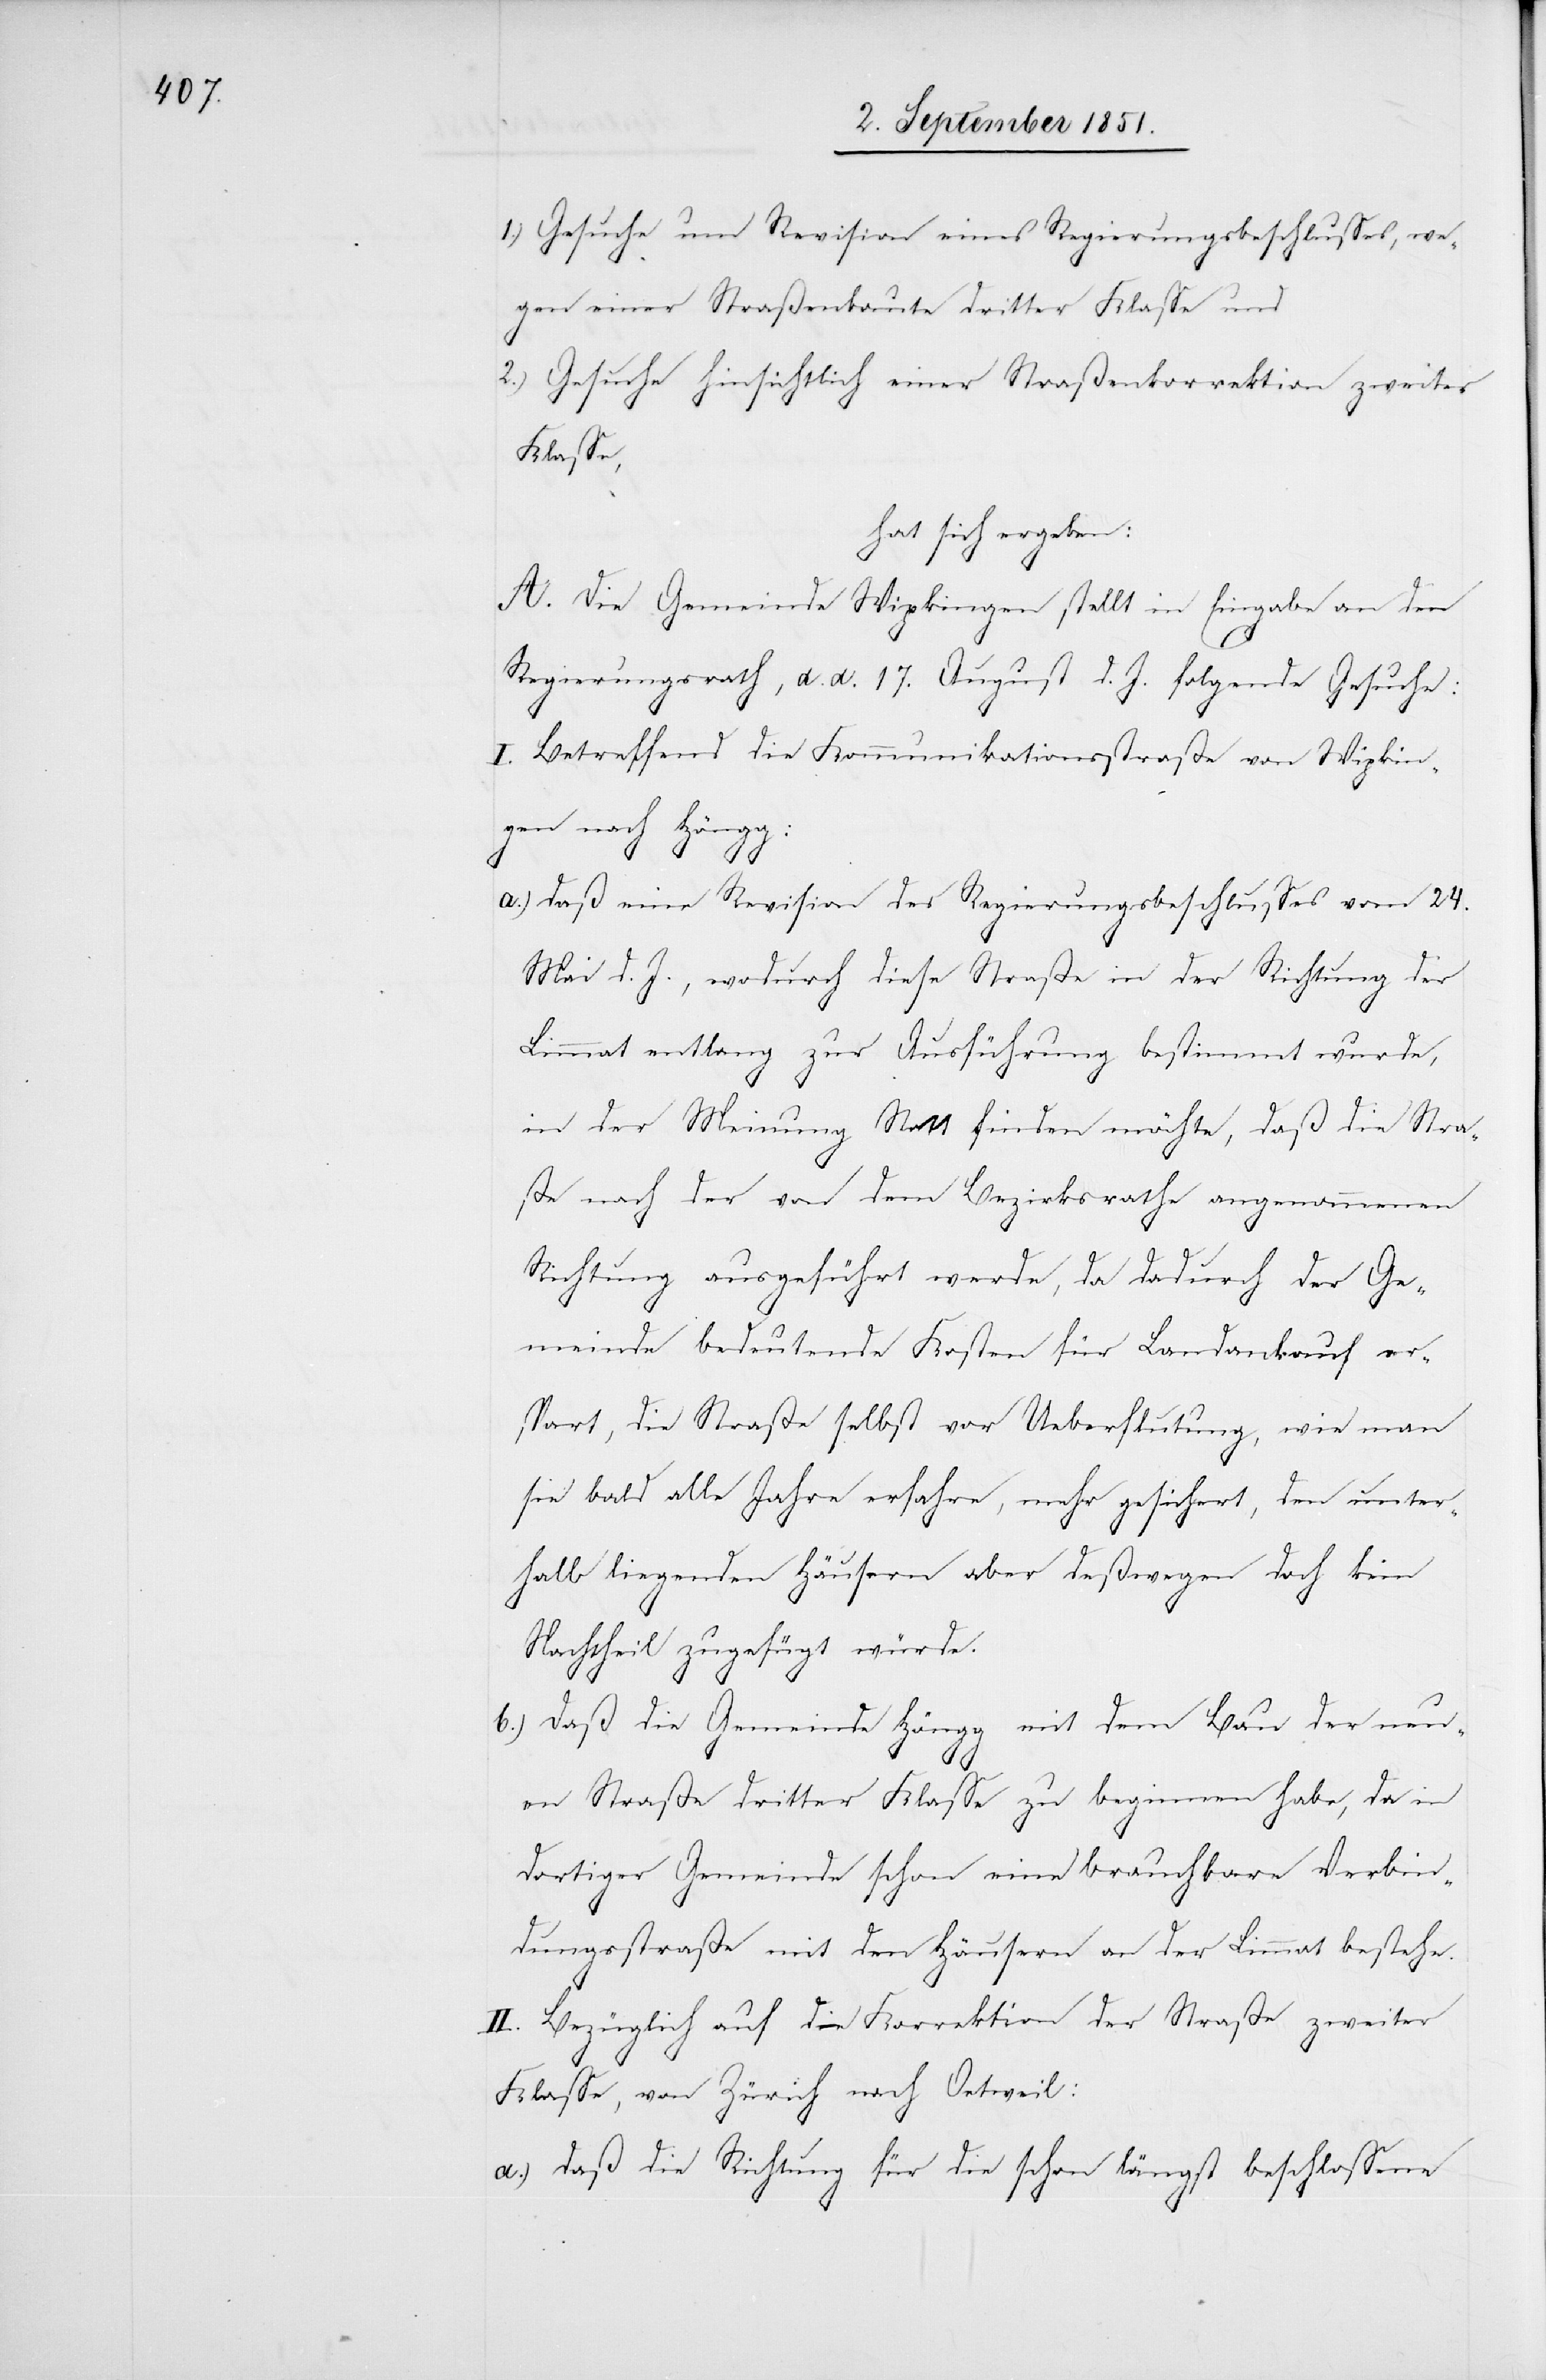
1.)

Gesuche um Revision eines Regierungsbeschlusses, we¬
gen einer Straßenbaute dritter Klasse und
Gesuche hinsichtlich einer Straßenkorrektion zweiter
Klasse,
hat sich ergeben:
A. Die Gemeinde Wipkingen stellt in Eingabe an den
Regierungsrath, d. d. 17. August d. J. folgende Gesuche:
Betreffend die Kommunikationsstraße von Wipkin¬
gen nach Höngg:
daß eine Revision des Regierungsbeschlusses vom 24.
Mai d. J., wodurch diese Straße in der Richtung der
Limmat entlang zur Ausführung bestimmt wurde,
in der Meinung Statt finden möchte, daß die Stra¬
ße nach der von dem Bezirksrathe angenommenen
Richtung ausgeführt werde, da dadurch der Ge¬
meinde bedeutende Kosten für Landankauf er¬
spart, die Straße selbst vor Ueberflutung, wie man
sie bald alle Jahre erfahre, mehr gesichert, den unter¬
halb liegenden Häusern aber deßwegen doch kein
Nachtheil zugefügt würde.
Daß die Gemeinde Höngg mit dem Bau der neu¬
en Straße dritter Klasse zu beginnen habe, da in
dortiger Gemeinde schon eine brauchbare Verbin¬
dungsstraße mit den Häusern an der Limmat bestehe.
II. Bezüglich auf die Korrektion der Straße zweiter
Klasse, von Zürich nach Oetweil:
daß die Richtung für die schon längst beschlossene